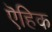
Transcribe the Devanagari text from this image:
ऎहिक